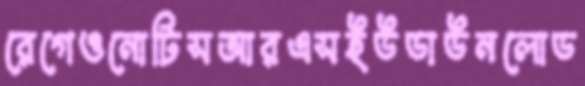
রেগেওনোটিসআরএসইউডাউনলোড